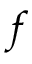
f